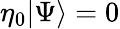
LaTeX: \eta_{0}|\Psi\rangle=0